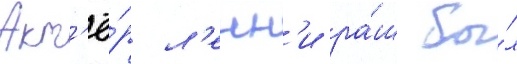
Акт'ё́р л'енн'и ра́ш бы́л